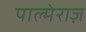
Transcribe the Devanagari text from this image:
पाल्मेराज़